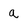
Character: a